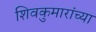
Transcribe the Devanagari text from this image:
शिवकुमारांच्या